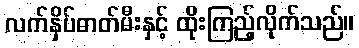
လက်နှိပ်ဓာတ်မီးနှင့် ထိုးကြည့်လိုက်သည်။